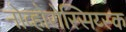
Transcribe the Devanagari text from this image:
नोव्होरोस्सिय्स्क